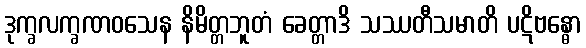
ဒုက္ခလက္ခဏဝသေန နိမိတ္တဘူတံ ခေတ္တာဒိ သဿတီသမာတိ ပဋိဗန္ဓော